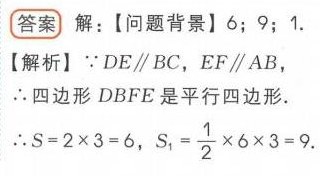
答案 解：【问题背景】\(6\)；\(9\)；\(1\).
【解析】\(\because DE\parallel BC, EF\parallel AB\)，
\(\therefore\)四边形\(DBFE\)是平行四边形.
\(\therefore S = 2\times3 = 6\)，\(S_{1}=\frac{1}{2}\times6\times3 = 9\).